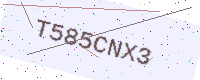
Text: T585CNX3